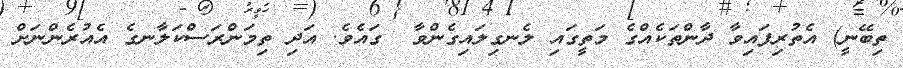
ތިބޭނީ) އެތުރިފައިވާ ދާންތަކެއްގެ މަތީގައި ލެނގިލައިގެންވާ  ގައެވެ. އަދި ތިމަންރަސްކަލާނގެ އެއުރެންނަށް